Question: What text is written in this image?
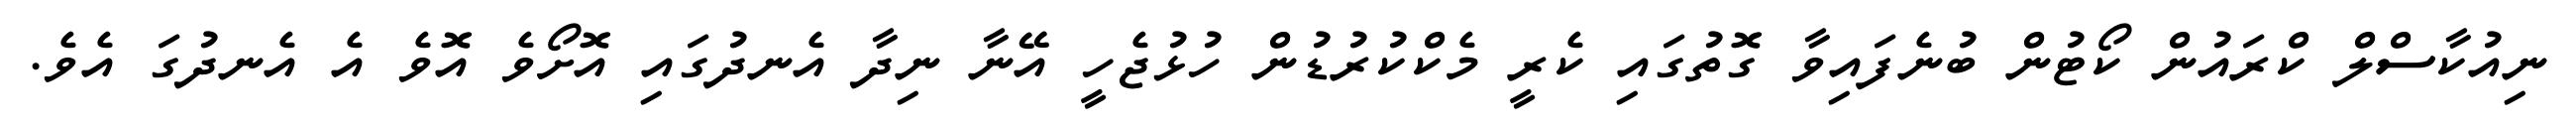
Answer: ނިއުކާސްލް ކްރައުން ކޯޓުން ބުނެފައިވާ ގޮތުގައި ކެރީ މެކްކުރުޑުން ހުޅުޖެހީ އޭނާ ނިދާ އެނދުގައި އޮށޯވެ އޮވެ އެ އެނދުގަ އެވެ.